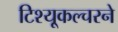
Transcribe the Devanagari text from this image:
टिश्यू्कल्चरने